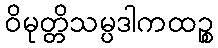
ဝိမုတ္တိသမ္ပဒါကထဉ္စ